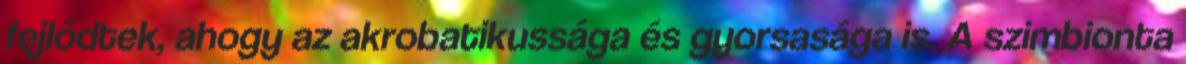
fejlődtek, ahogy az akrobatikussága és gyorsasága is. A szimbionta